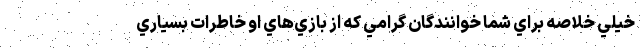
خيلي خلاصه براي شما خوانندگان گرامي كه از بازي‌هاي او خاطرات بسياري